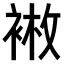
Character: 𫋿